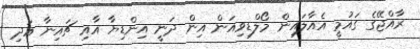
ރާއްޖޭގެ ގައުމީ އެއާލައިން މޯލްޑިވިއަން އިން ދަނީ އިންޑިޔާ އާއި ޗައިނާ އަދި